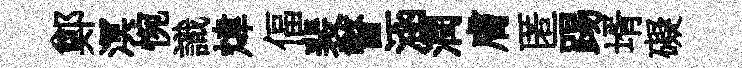
鄭溟惋識煒偪裴瞥涵潤膚匿踢壻礙